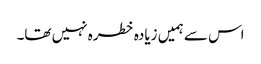
اس سے ہمیں زیادہ خطرہ نہیں تھا۔